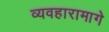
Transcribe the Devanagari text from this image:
व्यवहारामागे